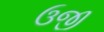
ઉજી